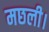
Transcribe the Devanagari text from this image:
मछली।